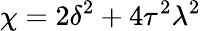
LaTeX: \chi=2\delta^{2}+4\tau^{2}\lambda^{2}